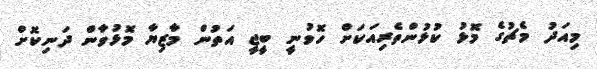
މިއަދު މެޗުގެ މޮޅު ކުޅުންތެރިއަކަށް ހޮވުނީ ބީޖީ އަތުން މާޒިޔާ މޮޅުވާން ދަނިކޮށް